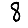
Digit: 8